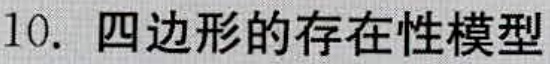
10. 四边形的存在性模型